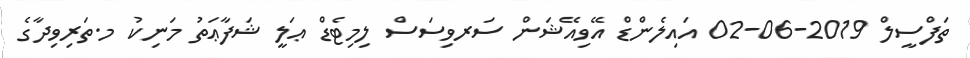
ތަފްސީލް 2019-06-02 އައިލެންޑް އޭވިއޭޝަން ސަރވިސަސް ލިމިޓެޑް ޢަލީ ޝަފާޢަތު މަނިކު މ.ތަރިވިދާގެ